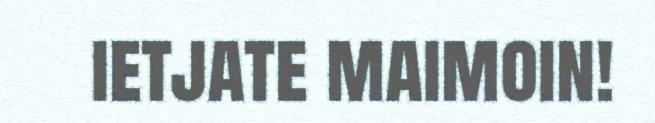
ietjate maimoin!